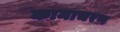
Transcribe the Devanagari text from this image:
कामाचरण